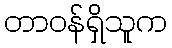
တာဝန်ရှိသူက